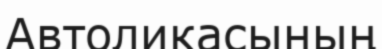
Автоликасының